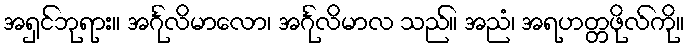
အရှင်ဘုရား။ အင်္ဂုလိမာလော၊ အင်္ဂုလိမာလ သည်။ အညံ၊ အရဟတ္တဖိုလ်ကို။